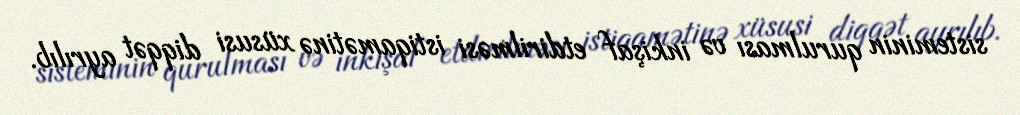
sisteminin qurulması və inkişaf etdirilməsi istiqamətinə xüsusi diqqət ayrılıb.